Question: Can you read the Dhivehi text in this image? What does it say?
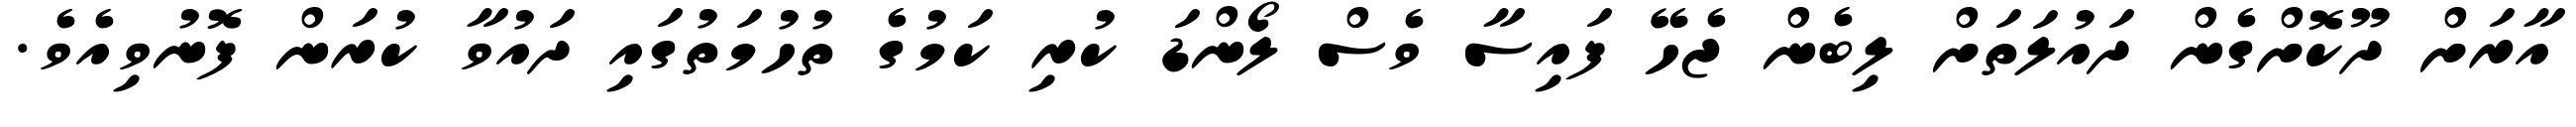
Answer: އާރަށް ދޫކޮށްގެން ދައުލަތަށް ލިބެން ޖެހޭ ފައިސާ ވެސް ލޯންޑަ ކުރި ކަމުގެ ތުހުމަތުގައި ދައުވާ ކުރަން ފޮނުވިއެވެ.